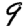
Digit: 9